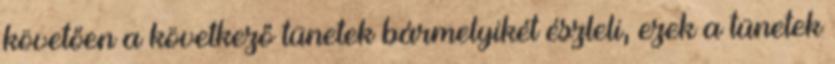
követően a következő tünetek bármelyikét észleli, ezek a tünetek